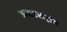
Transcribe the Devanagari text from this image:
अन्तरराट्रीय